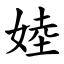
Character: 㛬